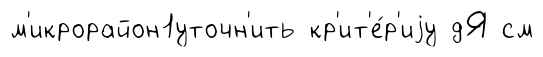
м'икрорайон1уточн'ить кр'ит'е́р'иjу дЯ см